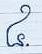
៤.